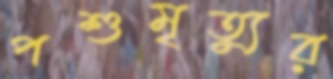
পশুমৃত্যুর